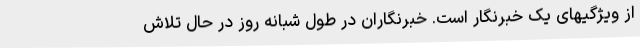
از ویژگیهای یک خبرنگار است. خبرنگاران در طول شبانه روز در حال تلاش